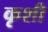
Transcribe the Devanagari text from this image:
कृशी